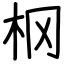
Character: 㭎